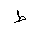
Letter: _da